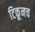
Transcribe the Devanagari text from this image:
टिकूनच